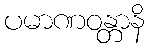
ပမာဏဝန္တာနိ